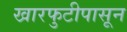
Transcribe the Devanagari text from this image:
खारफुटीपासून